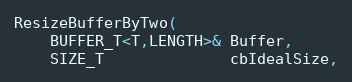
Language: C
ResizeBufferByTwo(
    BUFFER_T<T,LENGTH>& Buffer,
    SIZE_T              cbIdealSize,